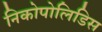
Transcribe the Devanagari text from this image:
निकोपोलिडिस